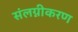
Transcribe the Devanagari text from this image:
संलग्नीकरण